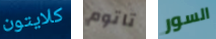
كلايتون تاتوم السور